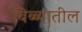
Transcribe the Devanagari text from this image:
बिब्ब्यातील